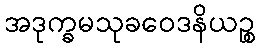
အဒုက္ခမသုခဝေဒနိယဉ္စ